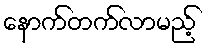
နောက်တက်လာမည့်